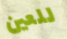
للعين